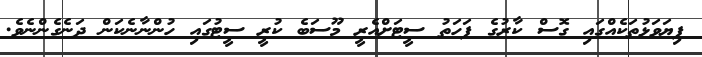
ފިޔަވަޅުތަކެއްގައި ގޮސް ކާރުގެ ފަހަތު ސީޓަށްއެރީ މޫސަބެ ކުރީ ސީޓުގައި ހުންނާނެކަން ދަނެގެންނެވެ.